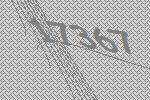
17367